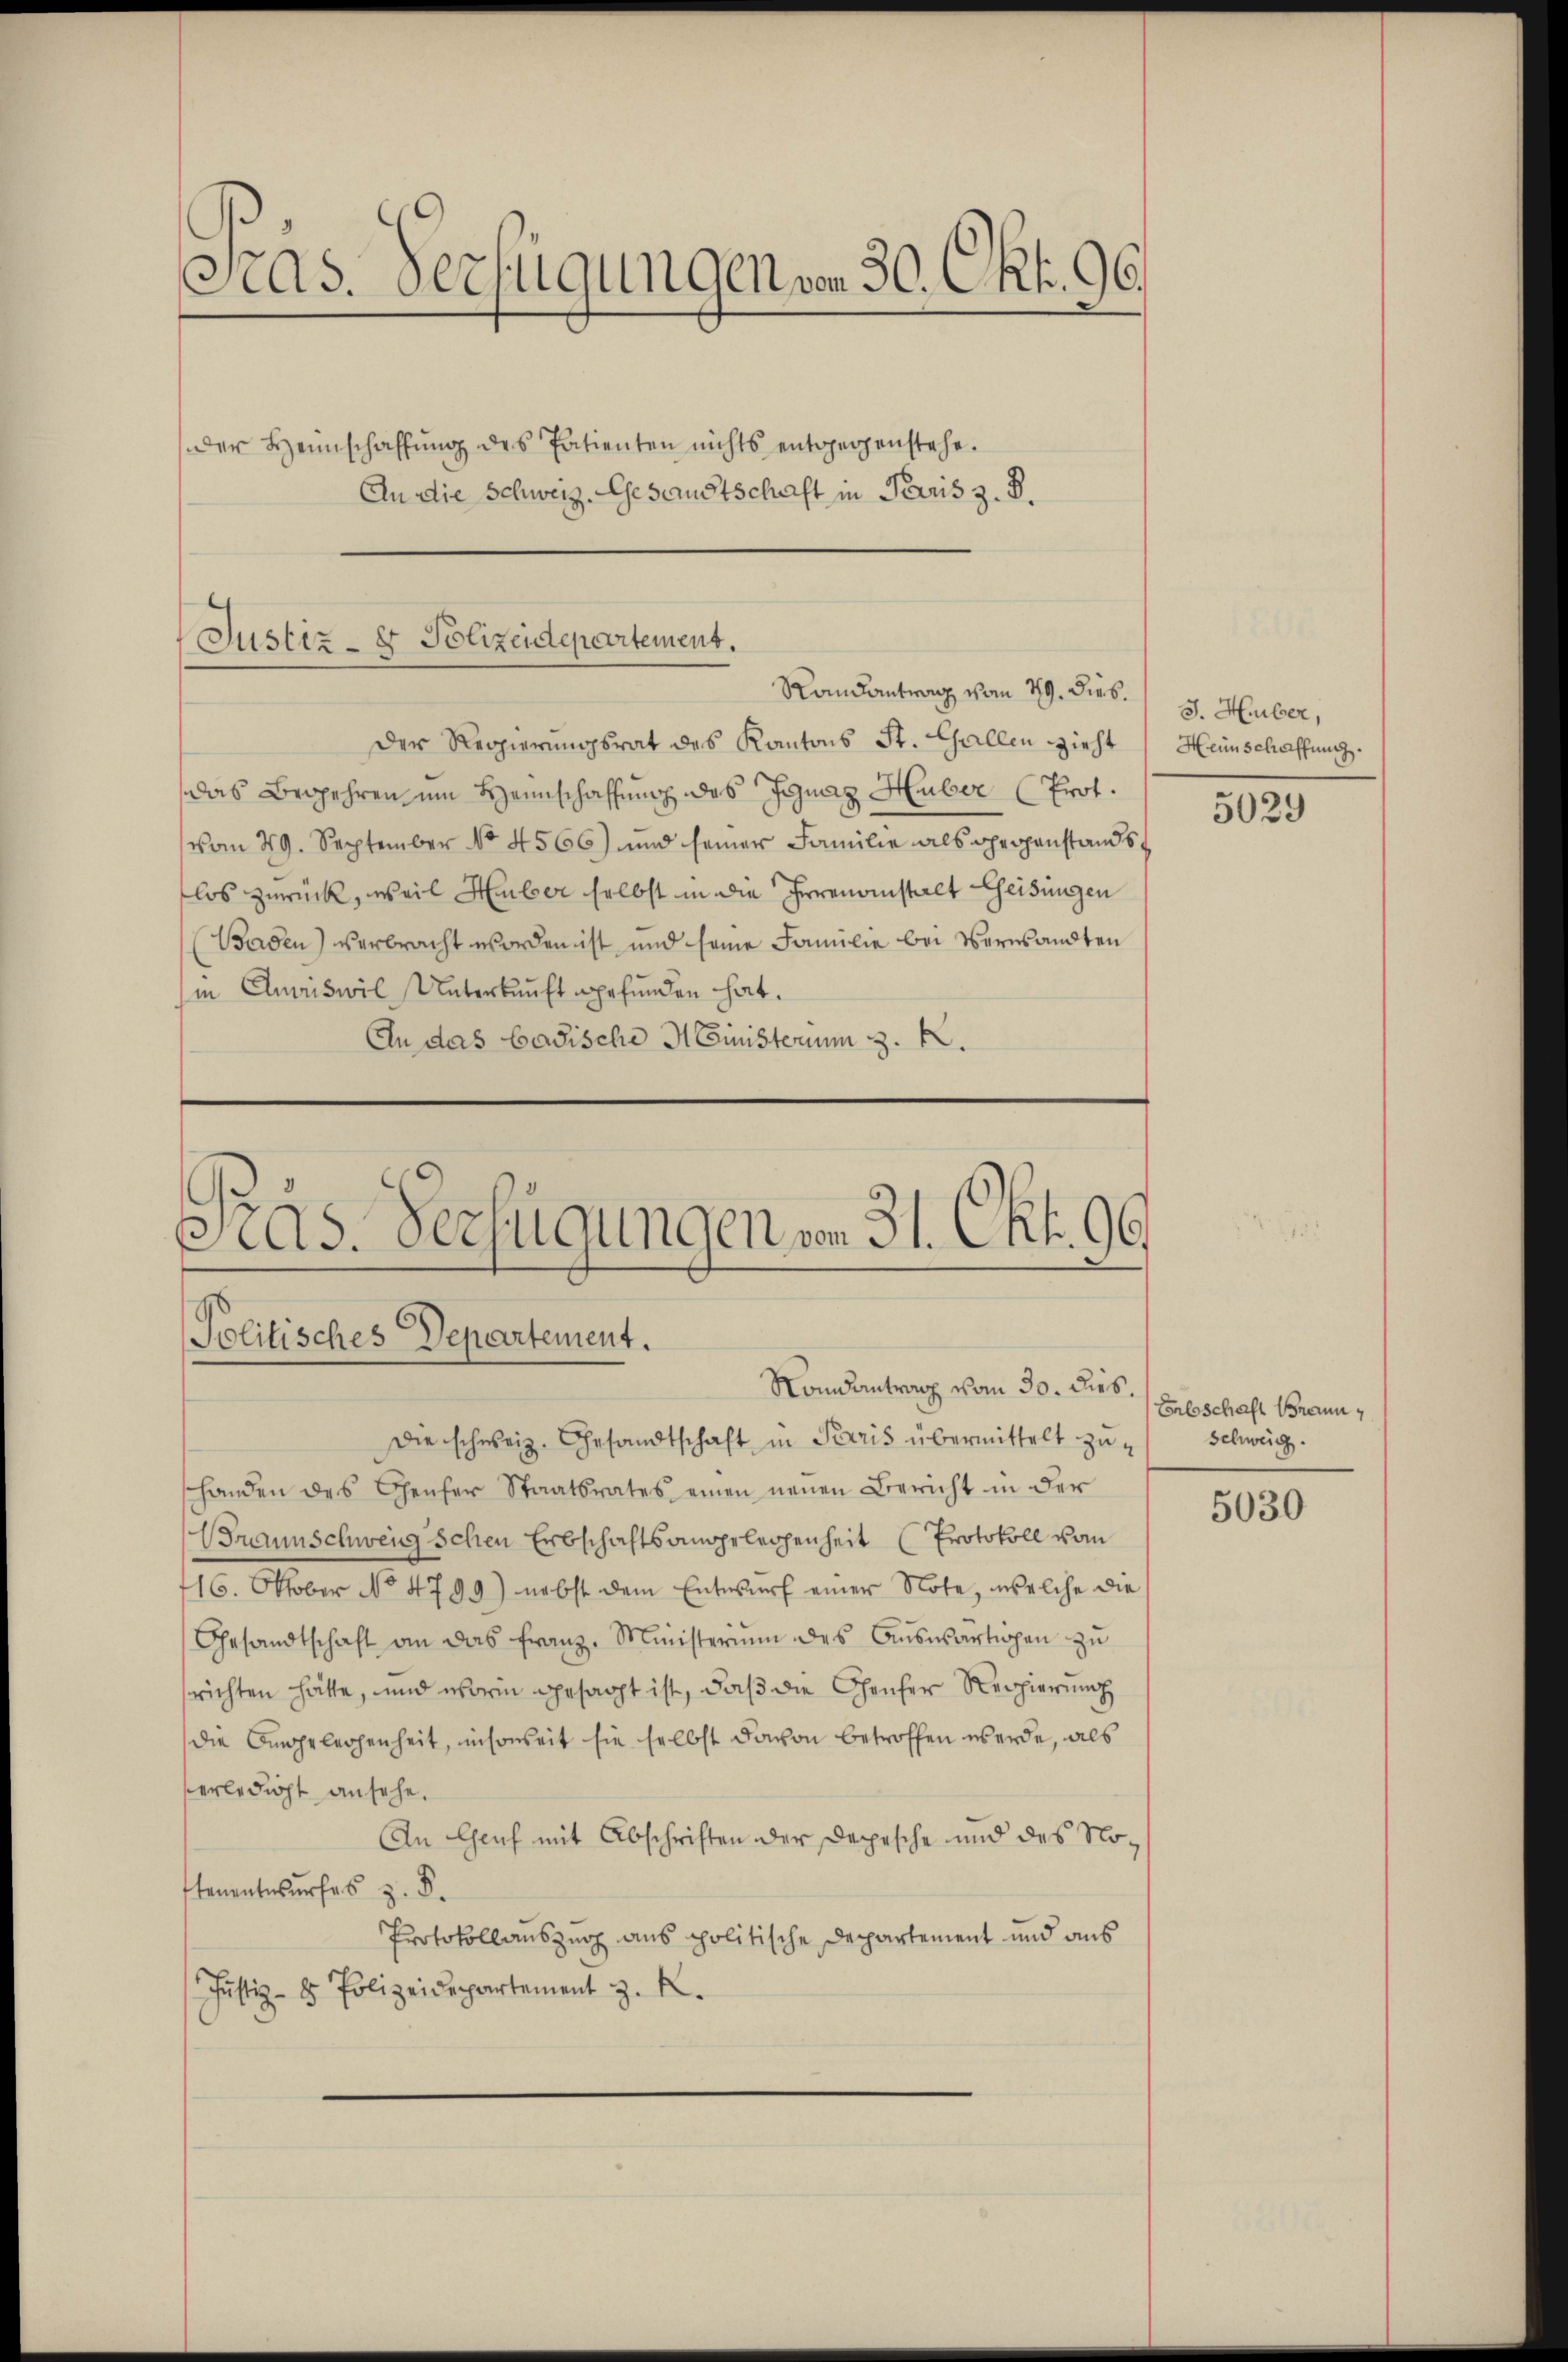
Cad. Verfügungen von 30. Okt. 96.
der Heimschaffŭng des Patienten nichts entgegenstehe.
An die Schweiz. Gesandtschaft in Paris z. B.

Justiz- & Polizeidepartement.
Randantrag vom 29. Dieb. 18. Huber,

Der Regierungsrat des Kantons St. Gallen zieht Heinschaffung.
das Begehren um Heimschaffung des Ignaz Hember (Prot.
vom 29. September No 4566) und seiner Familie als Chrigenstands
los zurück, weil Huber selbst in die Irrenanstalt Geisungen
Baden) verbracht worden ist und seine Familie bei Verwandten
sin Amriswil Unterkunft gefunden hat.
An das badische Ministerim 3. k.

Politisches Departement.
Nandantrag vom 30. dies.

Präs. Verfügungen von 31. Okt. 96.

Die schweiz. Gesandtschaft in Paris übermittelt zu schweig.
shanden des Chenfer Staatsrates einen neuen Bericht in der
Braunschweig schen Erbschaftsangelegenheit (Protokoll vom
116. Oktober No 4799) nebst dem Entwurf einer Note, welche die
Gesandtschaft an das Franz-Ministerium des Aŭswärtigen zŭ
srichten hätte, und worin gesagt ist, daß die Gener Regierung
die Angelegenheit, insoweit sie selbst davon betroffen werde, als
erledigt ansehe.
An Genf mit Abschriften der Depesche und des Notenentwurfes z. B.
Protokollauszug aus politische Departement und aus
Justiz- & Polizeidepartement z. R.

5029

Enleschaft Braun,

5030